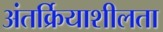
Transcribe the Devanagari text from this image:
अंतर्क्रियाशीलता